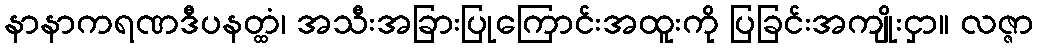
နာနာကရဏဒီပနတ္ထံ၊ အသီးအခြားပြုကြောင်းအထူးကို ပြခြင်းအကျိုးငှာ။ လဇ္ဇာ